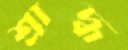
শ্রাদ্ধ